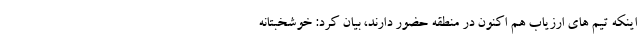
اینکه تیم های ارزیاب هم اکنون در منطقه حضور دارند، بیان کرد: خوشخبتانه